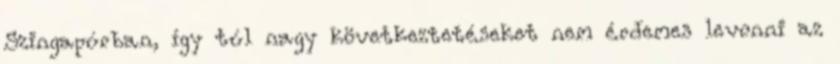
Szingapúrban, így túl nagy következtetéseket nem érdemes levonni az